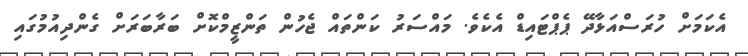
އެކަމަށް ހުރަސްއަޅާދޭ ޕެޕްޓައިޑް އެކެވެ. މައްސަރު ކަންތައް ޖެހުން ތަންޒީމްކޮށް ބަރާބަރަށް ގެންދިއުމުގައި